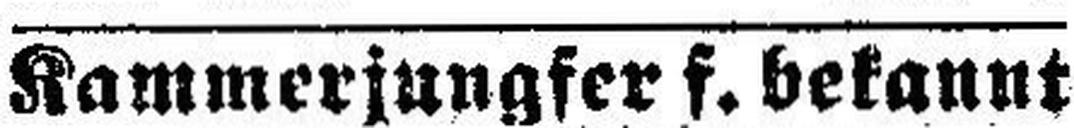
Kammerjungfer f. bekannt